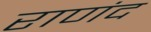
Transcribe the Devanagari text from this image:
राणंद